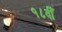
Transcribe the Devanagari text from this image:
१८वीँ